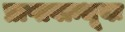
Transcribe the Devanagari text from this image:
प्राप्तवान्भूयः